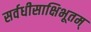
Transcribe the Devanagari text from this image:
सर्वधीसाक्षिभूतम्